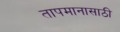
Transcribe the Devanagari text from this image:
तापमानासाठी